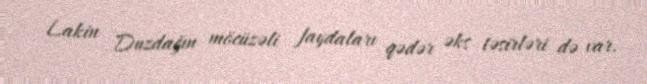
Lakin Duzdağın möcüzəli faydaları qədər əks təsirləri də var.